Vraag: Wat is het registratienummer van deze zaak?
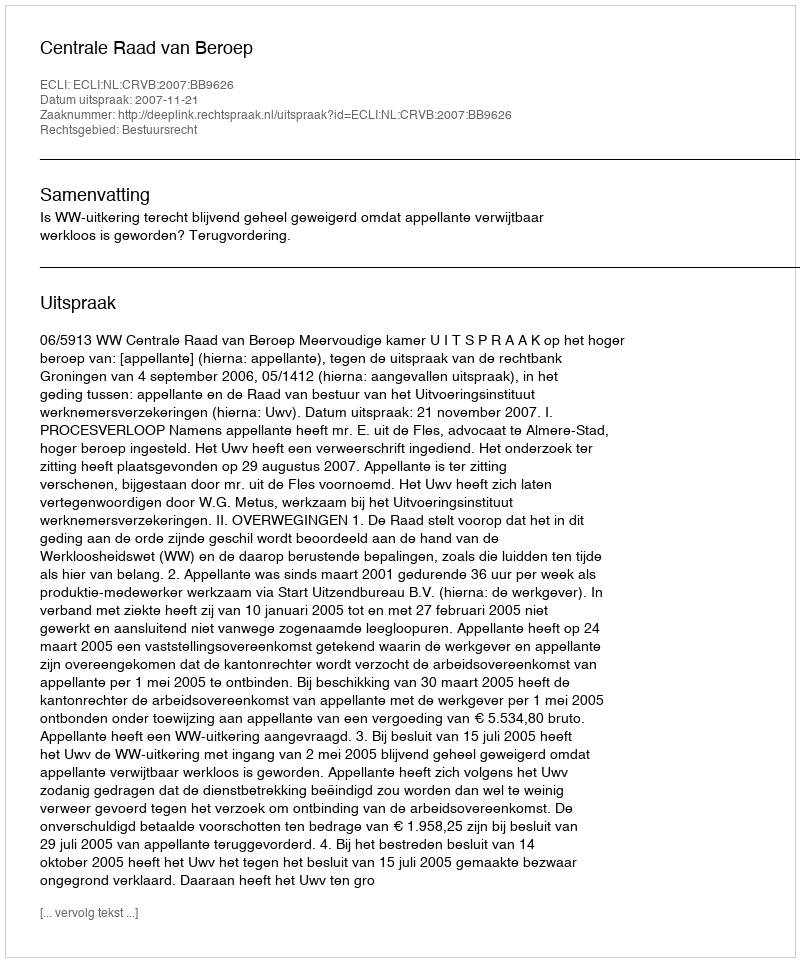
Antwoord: http://deeplink.rechtspraak.nl/uitspraak?id=ECLI:NL:CRVB:2007:BB9626